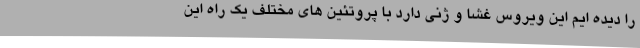
را دیده ایم این ویروس غشا و ژنی دارد با پروتئین های مختلف یک راه این